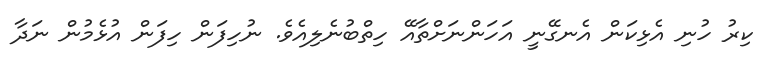
ކިރު ހުނި އެޅިކަން އެނގޭނީ އަހަންނަށްތާއޭ ހިތްބުނެލިއެވެ. ނުހިފަން ހިފަން އުޅެމުން ނަދާ